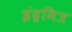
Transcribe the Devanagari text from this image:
इंद्रमित्र